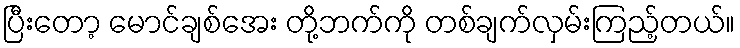
ပြီးတော့ မောင်ချစ်အေး တို့ဘက်ကို တစ်ချက်လှမ်းကြည့်တယ်။